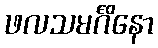
ဖလသမင်္ဂိနော